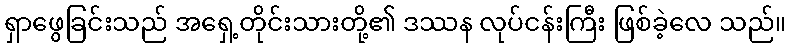
ရှာဖွေခြင်းသည် အရှေ့တိုင်းသားတို့၏ ဒဿန လုပ်ငန်းကြီး ဖြစ်ခဲ့လေ သည်။